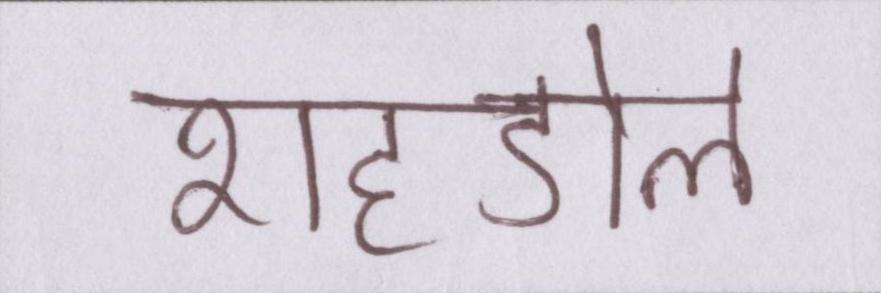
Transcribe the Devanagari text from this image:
शहडोल